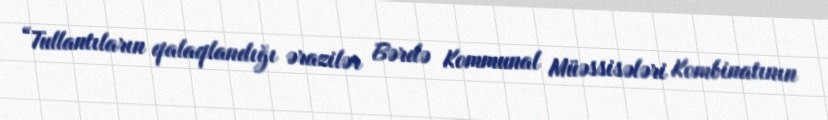
“Tullantıların qalaqlandığı ərazilər Bərdə Kommunal Müəssisələri Kombinatının